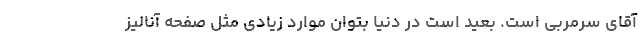
آقای سرمربی است. بعید است در دنیا بتوان موارد زیادی مثل صفحه آنالیز